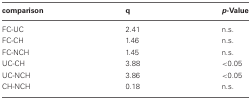
| comparison | q | p-Value |
 | --- | --- | --- |
 | FC-UC | 2.41 | n.s. |
 | FC-CH | 1.46 | n.s. |
 | FC-NCH | 1.45 | n.s. |
 | UC-CH | 3.88 | <0.05 |
 | UC-NCH | 3.86 | <0.05 |
 | CH-NCH | 0.18 | n.s. |